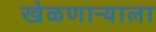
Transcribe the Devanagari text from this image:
खेळणाऱ्याला